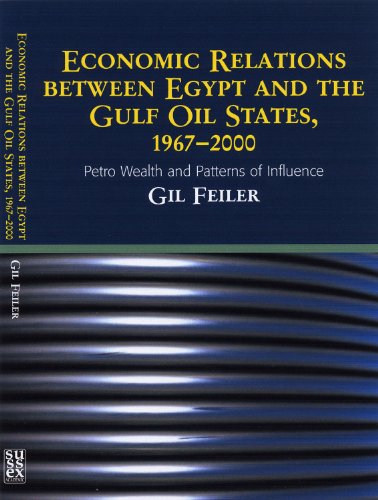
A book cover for Economic Relations Between Egypt and the Gulf Oil States, 1967EE2000: Petro Wealth and Patterns of Influence; gil Feiler; History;